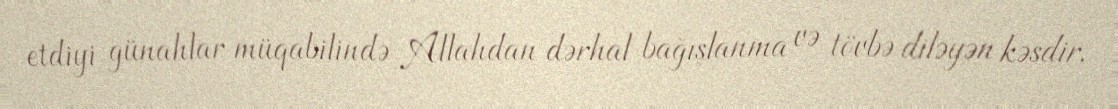
etdiyi günahlar müqabilində Allahdan dərhal bağışlanma və tövbə diləyən kəsdir.